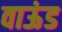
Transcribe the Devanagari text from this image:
वाऊंड